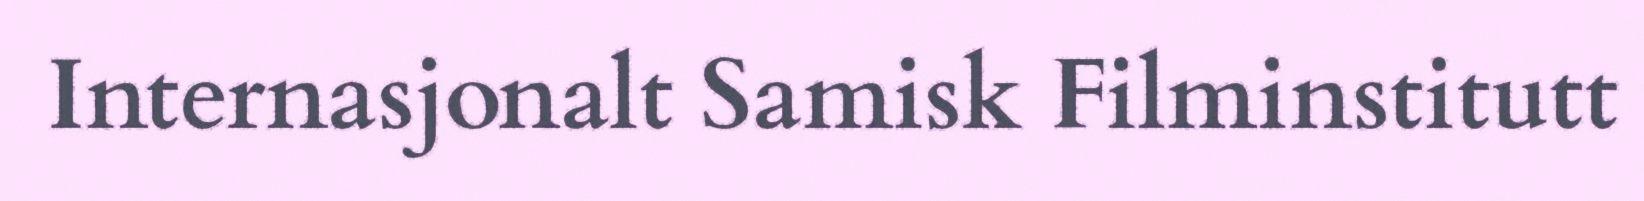
Internasjonalt Samisk Filminstitutt